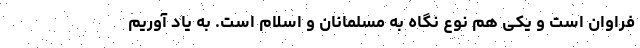
فراوان است و یکی هم نوع نگاه به مسلمانان و اسلام است. به یاد آوریم